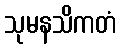
သုမနသိကတံ